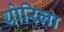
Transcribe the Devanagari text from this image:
थोरिला